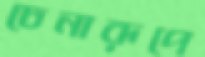
চেনারূপে